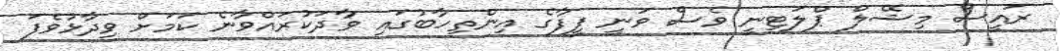
ރައީސް މިޝޭލް ޕްލަޓިނީ ވެސް ވަނީ ފީފާގެ އިންތިހާބުގައި ވާދަކުރައްވާނެ ކަމަށް ވިދާޅުވެފަ